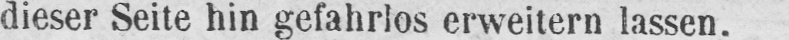
dieser Seite hin gefahrlos erweitern lassen.